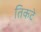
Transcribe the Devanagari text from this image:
तिकटे